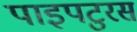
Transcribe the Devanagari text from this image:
पाइपटुरस